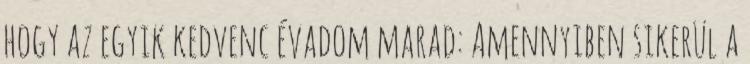
hogy az egyik kedvenc évadom marad: Amennyiben sikerül a